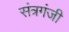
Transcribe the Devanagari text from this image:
संत्रगंजी